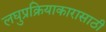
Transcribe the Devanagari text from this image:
लघुप्रक्रियाकारासाठी